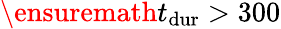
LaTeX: \ensuremath{t_{\mathrm{dur}}}>300